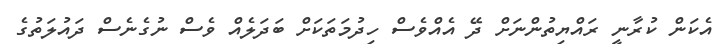
އެކަން ކުރާނީ ރައްޔިތުންނަށް ދޭ އެއްވެސް ހިދުމަތަކަށް ބަދަލެއް ވެސް ނުގެނެސް ދައުލަތުގެ